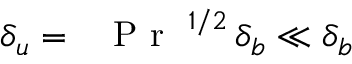
\delta _ { u } = \mathrm { ~ \textit ~ { ~ P ~ r ~ } ~ } ^ { 1 / 2 } \, \delta _ { b } \ll \delta _ { b }